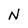
Character: N